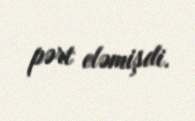
pərt eləmişdi.